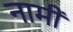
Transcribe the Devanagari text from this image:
नामीं